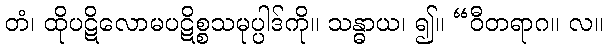
တံ၊ ထိုပဋိလောမပဋိစ္စသမုပ္ပါဒ်ကို။ သန္ဓာယ၊ ၍။ “ဝီတရာဂ။ လ။